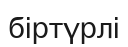
біртүрлі